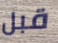
قبل